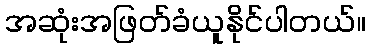
အဆုံးအဖြတ်ခံယူနိုင်ပါတယ်။